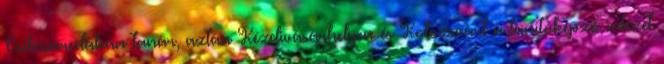
Csíkszeredában tanár, aztán Kézdivásárhelyen és Kolozsvárt a tanítóképző intézet